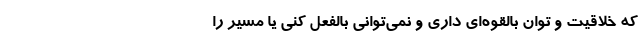
که خلاقیت و توان بالقوه‌ای داری و نمی‌توانی بالفعل کنی یا مسیر را